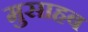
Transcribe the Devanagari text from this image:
मुसाहब